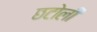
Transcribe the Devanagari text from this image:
छटोली